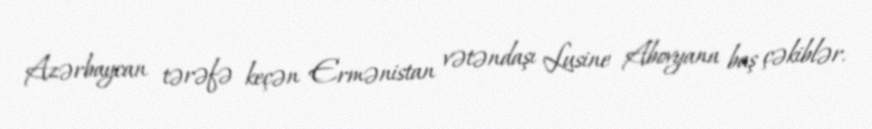
Azərbaycan tərəfə keçən Ermənistan vətəndaşı Lusine Abovyana baş çəkiblər.